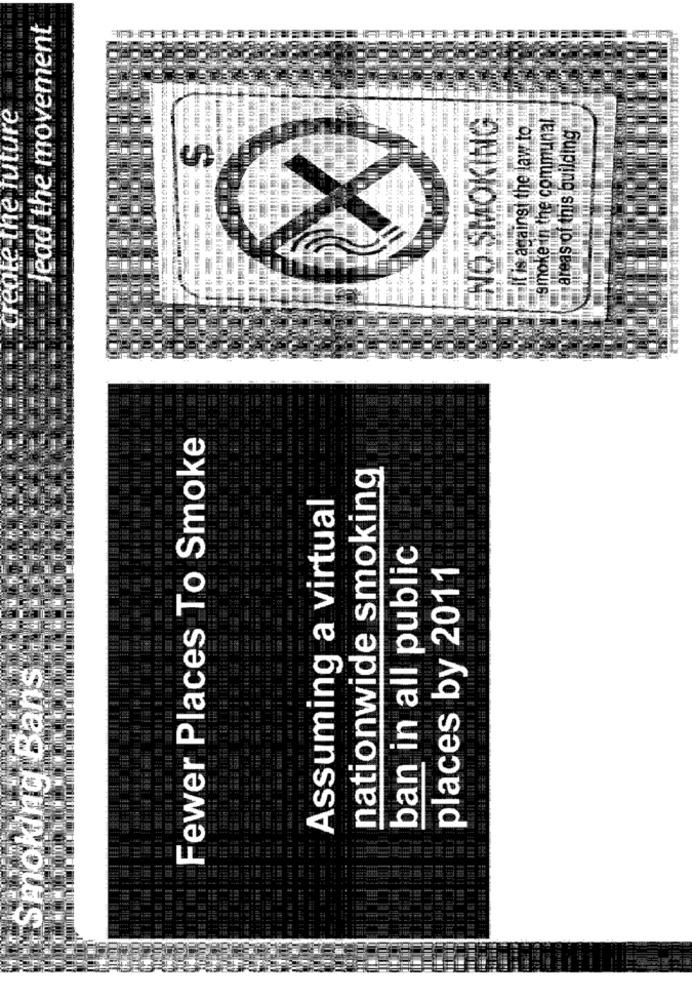
lead the movement
create the future
NO SMOKING
smoke in the communal
"it is against the law to
areas of this building
Fewer Places To Smoke
nationwide smoking
Assuming a virtual
ban in all public
places by 2011
Smoking Bans